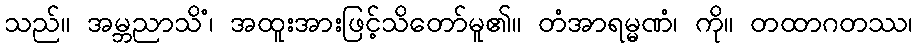
သည်။ အမ္ဘညာသိံ၊ အထူးအားဖြင့်သိတော်မူ၏။ တံအာရမ္မဏံ၊ ကို။ တထာဂတဿ၊